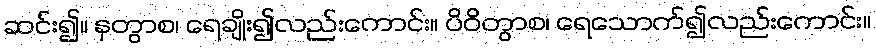
ဆင်း၍။ နှတွာစ၊ ရေချိုး၍လည်းကောင်း။ ပိဝိတွာစ၊ ရေသောက်၍လည်းကောင်း။